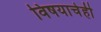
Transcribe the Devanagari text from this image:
विषयाचेही